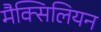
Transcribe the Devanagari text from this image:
मैक्सिलियन